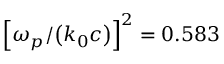
{ \left[ \omega _ { p } / { \left( k _ { 0 } c \right) } \right] } ^ { 2 } = 0 . 5 8 3